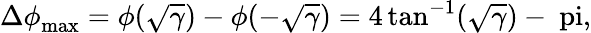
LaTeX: {\Delta\phi}_{\mathrm{max}}=\phi(\sqrt{\gamma})-\phi(-\sqrt{\gamma})=4\tan^{-1}(\sqrt{\gamma})-\mathrm{\ pi},